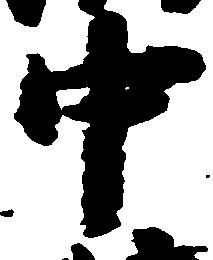
中